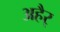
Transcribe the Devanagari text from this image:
अहैर्